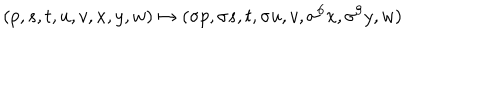
( p , s , t , u , v , x , y , w ) \mapsto ( \sigma p , \sigma s , t , \sigma u , v , \sigma ^ { 6 } x , \sigma ^ { 9 } y , w )